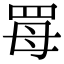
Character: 𦊏